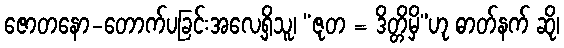
ဇောတနော-တောက်ပခြင်းအလေ့ရှိသူ၊ “ဇုတ = ဒိတ္တိမှိ”ဟု ဓာတ်နက် ဆို၊